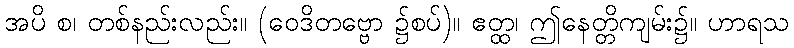
အပိ စ၊ တစ်နည်းလည်း။ (ဝေဒိတဗ္ဗော ၌စပ်)။ ဧတ္ထ၊ ဤနေတ္တိကျမ်း၌။ ဟာရသ